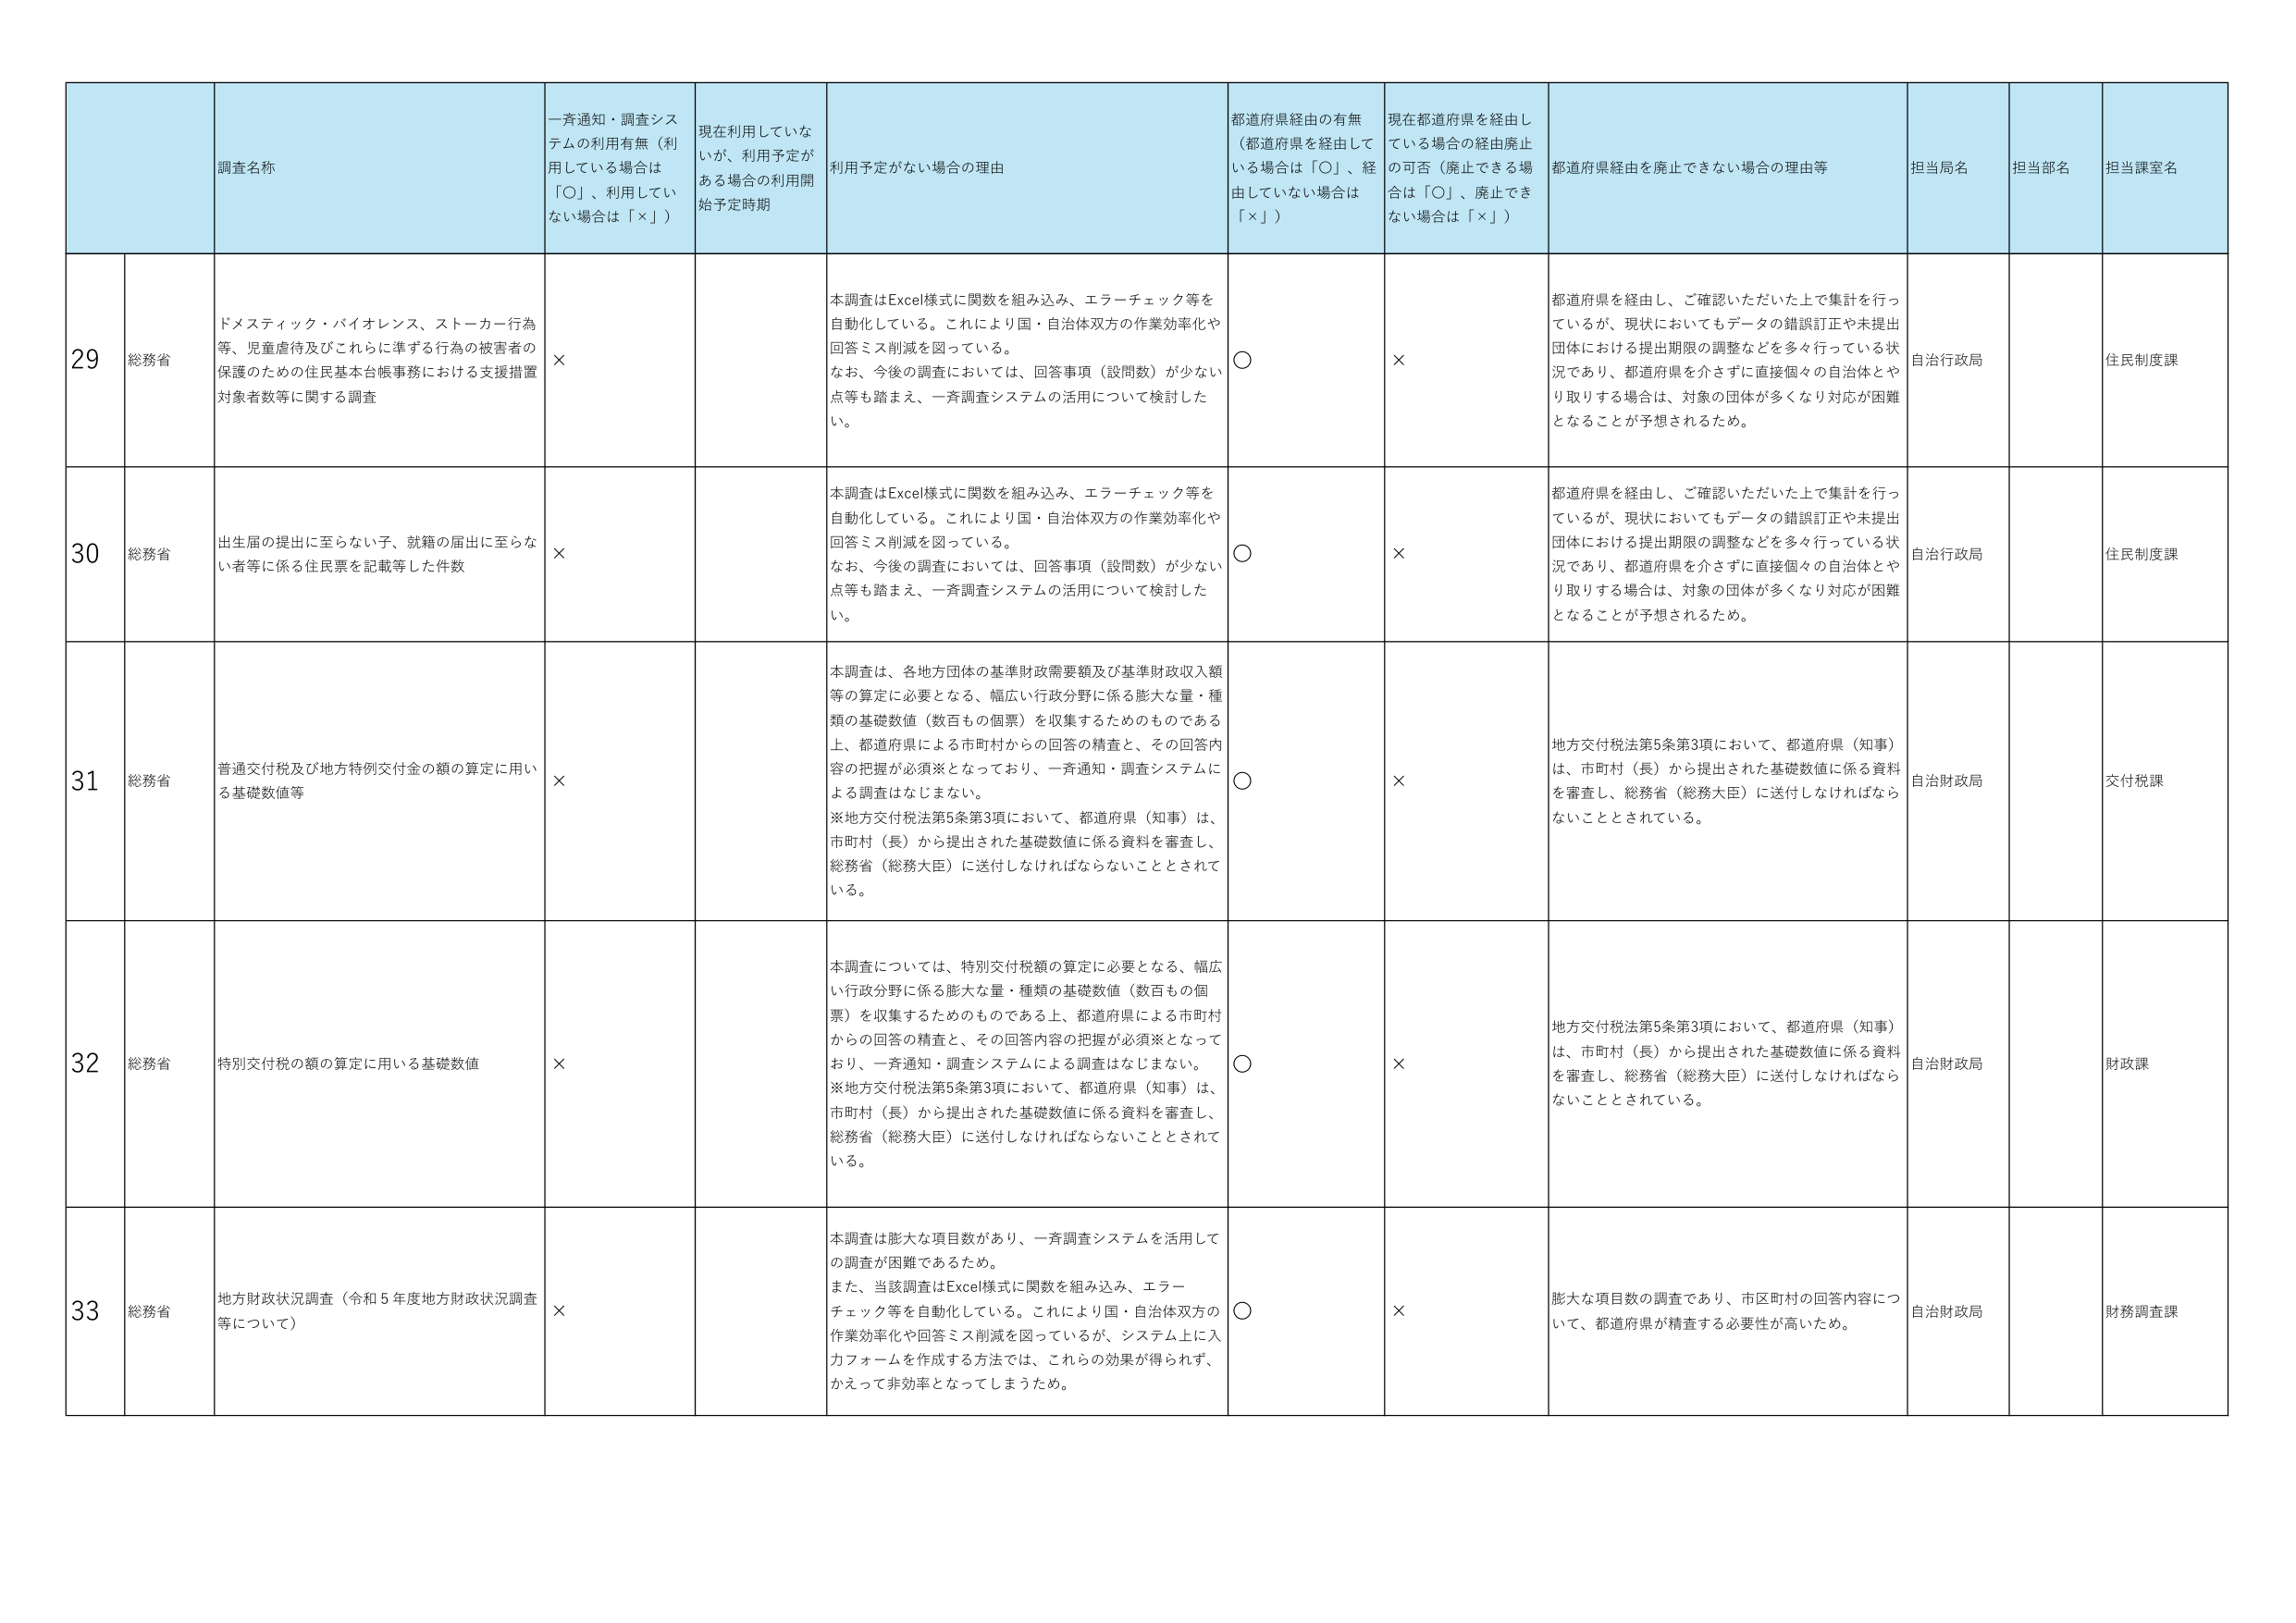
29 総務省 ドメスティック・バイオレンス、ストーカー行為等、児童虐待及びこれらに準ずる行為の被害者の保護のための住民基本台帳事務における支援措置対象者数等に関する調査 × 本調査はExcel様式に関数を組み込み、エラーチェック等を自動化している。これにより国・自治体双方の作業効率化や回答ミス削減を図っている。 なお、今後の調査においては、回答事項（設問数）が少ない点等も踏まえ、一斉調査システムの活用について検討したい。 ○ × 都道府県を経由し、ご確認いただいた上で集計を行っているが、現状においてもデータの錯誤訂正や未提出団体における提出期限の調整などを多々行っている状況であり、都道府県を介さずに直接個々の自治体とやり取りする場合は、対象の団体が多くなり対応が困難となることが予想されるため。 自治行政局 住民制度課

30 総務省 出生届の提出に至らない子、就籍の届出に至らない者等に係る住民票を記載等した件数 × 本調査はExcel様式に関数を組み込み、エラーチェック等を自動化している。これにより国・自治体双方の作業効率化や回答ミス削減を図っている。 なお、今後の調査においては、回答事項（設問数）が少ない点等も踏まえ、一斉調査システムの活用について検討したい。 ○ × 都道府県を経由し、ご確認いただいた上で集計を行っているが、現状においてもデータの錯誤訂正や未提出団体における提出期限の調整などを多々行っている状況であり、都道府県を介さずに直接個々の自治体とやり取りする場合は、対象の団体が多くなり対応が困難となることが予想されるため。 自治行政局 住民制度課

31 総務省 普通交付税及び地方特例交付金の額の算定に用いる基礎数値等 × 本調査は、各地方団体の基準財政需要額及び基準財政収入額等の算定に必要となる、幅広い行政分野に係る膨大な量・種類の基礎数値（数百もの個票）を収集するためのものである上、都道府県による市町村からの回答の精査と、その回答内容の把握が必須※となっており、一斉通知・調査システムによる調査はなじまない。 ※地方交付税法第5条第3項において、都道府県（知事）は、市町村（長）から提出された基礎数値に係る資料を審査し、総務省（総務大臣）に送付しなければならないこととされている。 ○ × 地方交付税法第5条第3項において、都道府県（知事）は、市町村（長）から提出された基礎数値に係る資料を審査し、総務省（総務大臣）に送付しなければならないこととされている。 自治財政局 交付税課

32 総務省 特別交付税の額の算定に用いる基礎数値 × 本調査については、特別交付税額の算定に必要となる、幅広い行政分野に係る膨大な量・種類の基礎数値（数百もの個票）を収集するためのものである上、都道府県による市町村からの回答の精査と、その回答内容の把握が必須※となっており、一斉通知・調査システムによる調査はなじまない。 ※地方交付税法第5条第3項において、都道府県（知事）は、市町村（長）から提出された基礎数値に係る資料を審査し、総務省（総務大臣）に送付しなければならないこととされている。 ○ × 地方交付税法第5条第3項において、都道府県（知事）は、市町村（長）から提出された基礎数値に係る資料を審査し、総務省（総務大臣）に送付しなければならないこととされている。 自治財政局 財政課

33 総務省 地方財政状況調査（令和5年度地方財政状況調査等について） × 本調査は膨大な項目数があり、一斉調査システムを活用しての調査が困難であるため。 また、当該調査はExcel様式に関数を組み込み、エラーチェック等を自動化している。これにより国・自治体双方の作業効率化や回答ミス削減を図っているが、システム上に入力フォームを作成する方法では、これらの効果が得られず、かえって非効率となってしまうため。 ○ × 膨大な項目数の調査であり、市区町村の回答内容について、都道府県が精査する必要性が高いため。 自治財政局 財務調査課

調査名称 一斉通知・調査システムの利用有無（利用している場合は「○」、利用していない場合は「×」） 現在利用していないが、利用予定がある場合の利用開始予定時期 利用予定がない場合の理由 都道府県経由の有無（都道府県を経由している場合は「○」、経由していない場合は「×」） 現在都道府県を経由している場合の経由廃止の可否（廃止できる場合は「○」、廃止できない場合は「×」） 都道府県経由を廃止できない場合の理由等 担当局名 担当部名 担当課室名